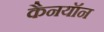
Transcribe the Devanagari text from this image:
कैनयॉन